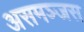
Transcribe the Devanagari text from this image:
असमञ्जस